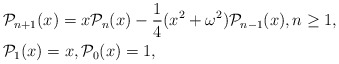
\begin{align*}&\mathcal{P}_{n+1}(x) = x\mathcal{P}_n(x)-\dfrac{1}{4} (x^2+\omega^2)\mathcal{P}_{n-1}(x), n\geq 1, \\& \mathcal{P}_{1}(x)=x, \mathcal{P}_{0}(x)=1,\end{align*}